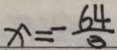
x = - \frac { 6 4 } { 3 }